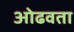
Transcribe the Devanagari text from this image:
ओढवता